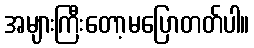
အများကြီးတော့မပြောတတ်ပါ။